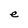
Character: e